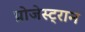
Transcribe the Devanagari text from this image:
प्रोजेस्ट्रान